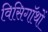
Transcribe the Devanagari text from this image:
विसिगॉथों